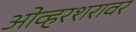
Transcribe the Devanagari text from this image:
ओव्हरशरावर